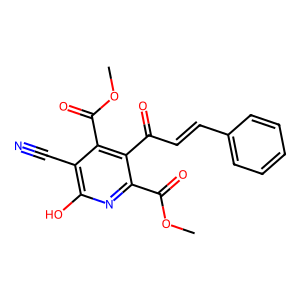
SMILES: COC(=O)c1nc(O)c(C#N)c(C(=O)OC)c1C(=O)C=Cc1ccccc1
Inhibits HIV replication: No